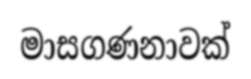
මාසගණනාවක්